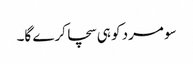
سو مرد کو ہی سچا کرے گا۔